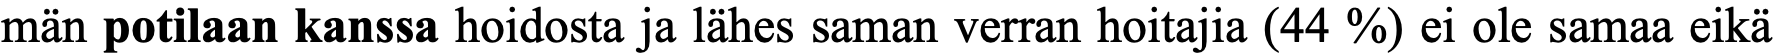
män potilaan kanssa hoidosta ja lähes saman verran hoitajia (44 %) ei ole samaa eikä